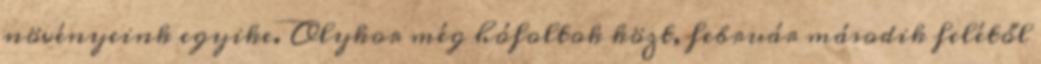
növényeink egyike. Olykor még hófoltok közt, február második felétől